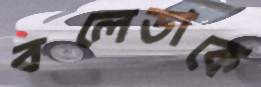
বলেডাকে